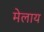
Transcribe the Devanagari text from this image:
मेलाय